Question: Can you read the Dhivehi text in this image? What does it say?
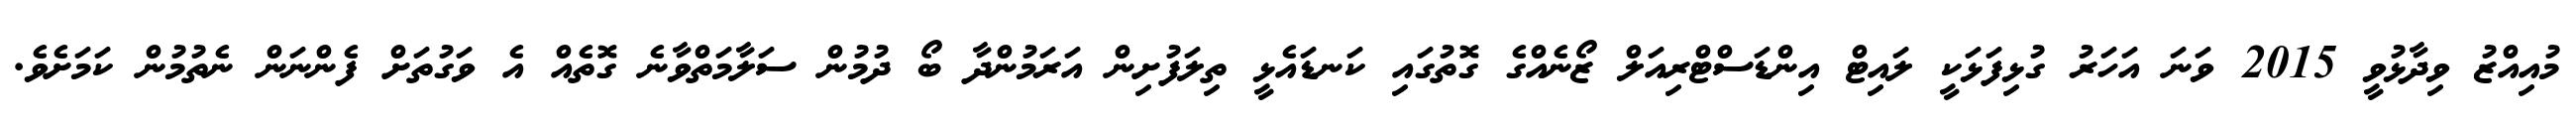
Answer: މުއިއްޒު ވިދާޅުވީ 2015 ވަނަ އަހަރު ގުޅިފަޅަކީ ލައިޓް އިންޑަސްޓްރިއަލް ޒޯނެއްގެ ގޮތުގައި ކަނޑައެޅީ ތިލަފުށިން އަރަމުންދާ ބޯ ދުމުން ސަލާމަތްވާނެ ގޮތެއް އެ ވަގުތަށް ފެންނަން ނެތުމުން ކަމަށެވެ.